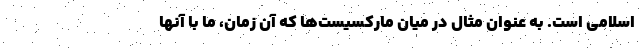
اسلامی است. به عنوان مثال در میان مارکسیست‌ها که آن زمان، ما با آنها